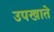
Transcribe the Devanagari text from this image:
उपखाते